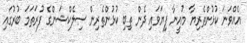
އެއްވަނަ ކުޅުންތެރިޔާ މުއީނާ ފިޔަވައި ދެން ތިބި ކުޅުންތެރިން ސިލެކްޝަންގެ ފުރަތަމަ ބުރުގައި